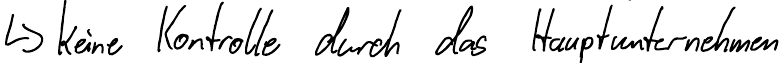
-> keine Kontrolle durch das Hauptunternehmen